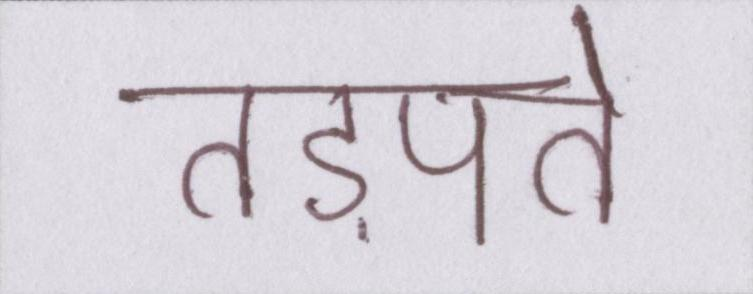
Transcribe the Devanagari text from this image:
तड़पते